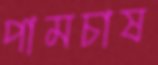
পামচাষ